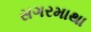
સગરમાથા